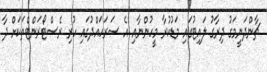
ޗާންދަނީމަގު ދިރާގު ލައިޓުގައި މަޑުކުރާ މީހުންނާއި އެ ސަރަހައްދުގައި ހުރި ރެސްޓޯރަންޓްތަކަށް ދާ